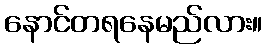
နောင်တရနေမည်လား။